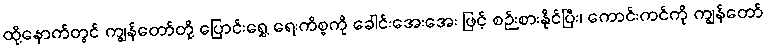
ထို့နောက်တွင် ကျွန်တော်တို့ ပြောင်းရွှေ့ ရေးကိစ္စကို ခေါင်းအေးအေး ဖြင့် စဉ်းစားနိုင်ပြီး၊ ကောင်းကင်ကို ကျွန်တော်